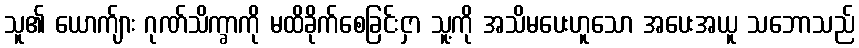
သူ၏ ယောက်ျား ဂုဏ်သိက္ခာကို မထိခိုက်စေခြင်းငှာ သူ့ကို အသိမပေးဟူသော အပေးအယူ သဘောသည်